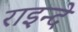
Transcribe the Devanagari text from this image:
राइन्दे